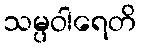
သမ္ပဝါရေတိ